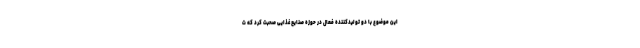
این موضوع با دو تولیدکننده فعال در حوزه صنایع غذایی صحبت کرد که ت